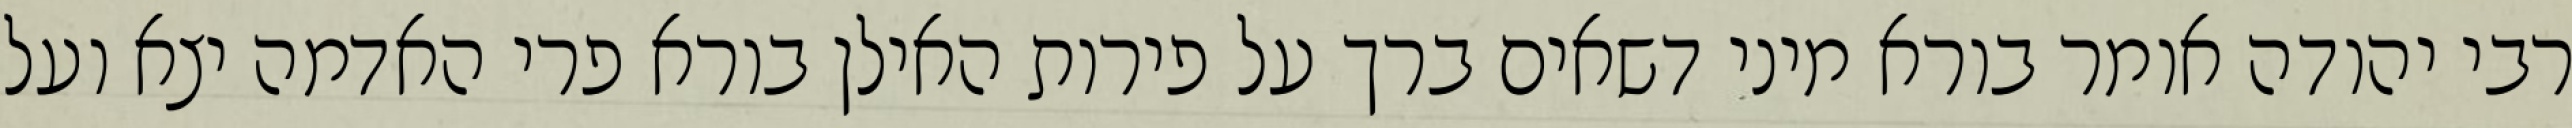
רבי יהודה אומר בורא מיני דשאים ברך על פירות האילן בורא פרי האדמה יצא ועל